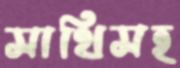
সাথিসহ